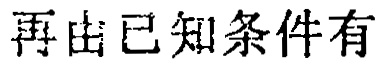
再由已知条件有